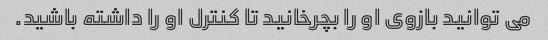
می توانید بازوی او را بچرخانید تا کنترل او را داشته باشید.